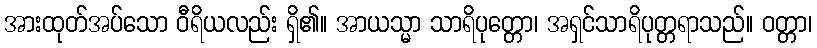
အားထုတ်အပ်သော ဝီရိယလည်း ရှိ၏။ အာယသ္မာ သာရိပုတ္တော၊ အရှင်သာရိပုတ္တရာသည်။ ဝတ္တာ၊